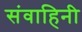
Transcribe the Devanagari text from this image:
संवाहिनी